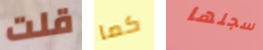
قلت كما سجلها